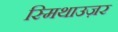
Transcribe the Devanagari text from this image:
स्मिथाउज़र